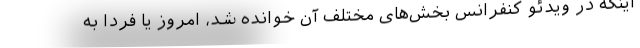
اینکه در ویدئو کنفرانس بخش‌های مختلف آن خوانده شد، امروز یا فردا به